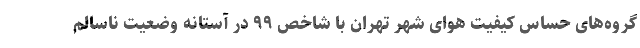
گروه‌های حساس کیفیت هوای شهر تهران با شاخص ۹۹ در آستانه وضعیت ناسالم